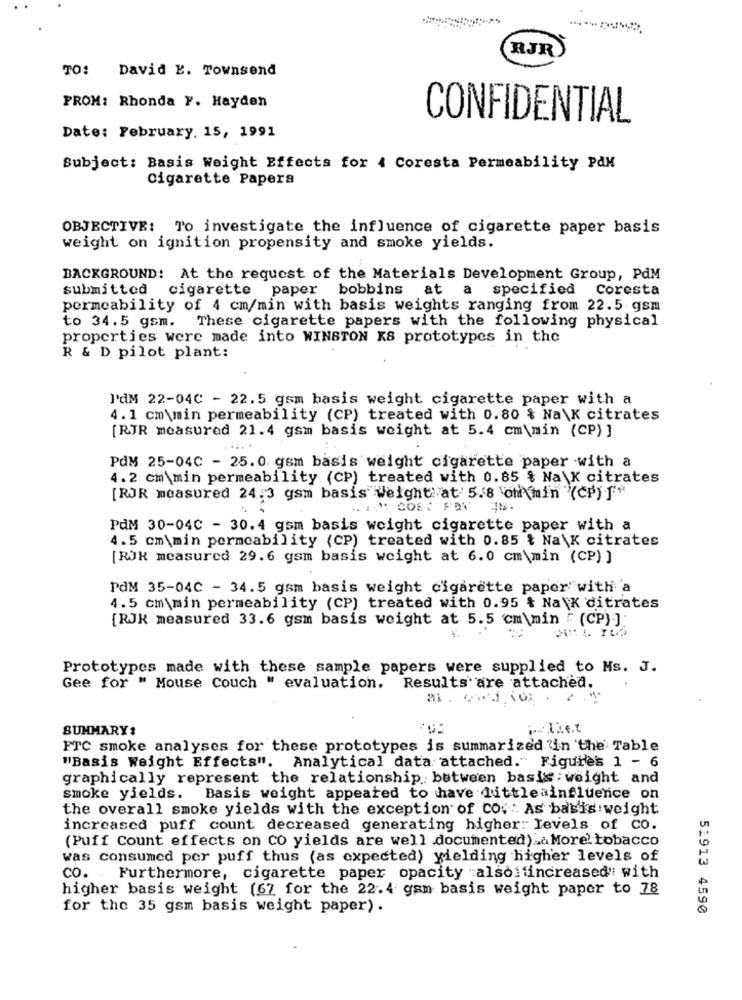
RJR
TO: David E. Townsend
FROM: Rhonda Y. Hayden
CONFIDENTIAL
Date: February. 15, 1991
Subject: Basis Weight Effects for 4 Coresta Permeability PAM
Cigarette Papera
OBJECTIVE: To investigate the influence of cigarette paper basis
weight on ignition propensity and smoke yields.
BACKGROUND: At the request of the Materials Development Group, PdM
submitted
cigarette
paper bobbins at a specified Coresta
permeability of 4 cm/min with basis weights ranging from 22.5.gsm
to 34.5 gsm. These cigarette papers with the following physical
properties were made into WINSTON KS prototypes in the
R & D pilot plant:
I'dM 22-04C - 22.5 gsm basis weight cigarette paper with a
4.1 cm\min permeability (CP) treated with 0.80 & Na\K citrates
[RJR measured 21.4 gsm basis weight at 5.4 cm \min (CP) ]
PdM 25-04C - 25.0. gsm basis weight cigarette paper with a
4. 2 cm\min permeability (CP) treated with 0.85 % Na \K citrates
[RJR measured 24.3 gsm basis Weight: at 5.8 chimin (CP) f
, COEX FRY
PdM 30-04C - 30.4 gsm basis weight cigarette paper with a
4.5 cm \min permeability (CP) treated with 0.85 % Na\K citrates
[ROK measured 29.6 gsm basis weight at 6.0 cm\min (CP) ]
PdM 35-04C - 34.5 gsm basis weight cigarette paper" with a
4.5 cm\min permeability (CP) treated with 0.95 % Na \K ditrates
[RJK measured 33.6 gsm basis weight at 5.5 cm\min . (CP) ]
Prototypes made with these sample papers were supplied to Ms. J.
Gee for " Mouse Couch " evaluation. Results'are attached.
SUMMARY:
FTC smoke analyses for these prototypes is summarized in the Table
"Basis Weight Effects". Analytical data attached." Figures 1 - 6
graphically represent the relationship between basis: weight and
smoke yields. Basis weight appeared to have littleainfluence on
the overall smoke yields with the exception of co. " As basis weight
increased puff count decreased generating higher levels of CO.
(Puff Count effects on CO yields are well documented) & More tobacco
was consumed per puff thus (as expected) yielding higher levels of
CO. . Furthermore, cigarette paper opacity "alsoifincreased" with
higher basis weight (67 for the 22.4 gam basis weight paper to 78
for the 35 gsm basis weight paper).
51913 4590